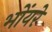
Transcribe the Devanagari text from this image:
भोंयरे